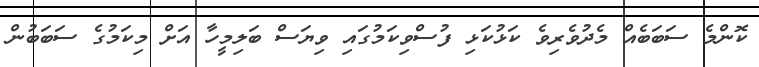
ކޮންމެ ސަބަބެއް މެދުވެރިވެ ކަޅުކަޅި ފުސްވިކަމުގައި ވިޔަސް ބަލިމީހާ އަށް މިކަމުގެ ސަބަބުން